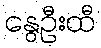
နွေဦးထီ